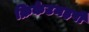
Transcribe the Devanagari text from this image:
क्रिकेटमहर्षी